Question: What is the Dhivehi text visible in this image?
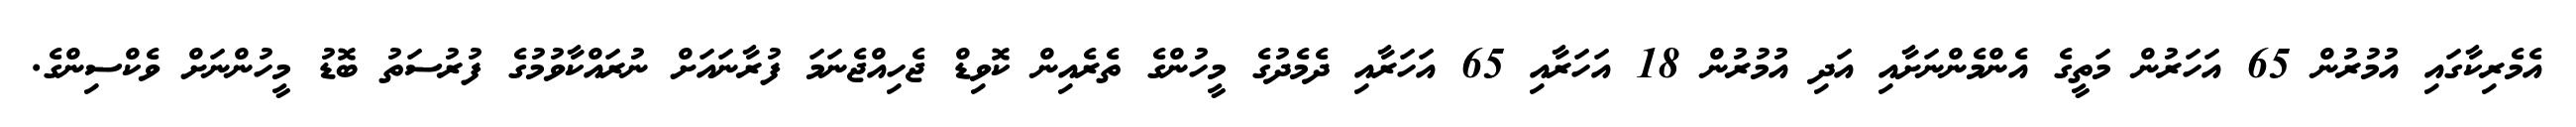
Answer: އެމެރިކާގައި އުމުރުން 65 އަހަރުން މަތީގެ އެންމެންނަށާއި އަދި އުމުރުން 18 އަހަރާއި 65 އަހަރާއި ދެމެދުގެ މީހުންގެ ތެރެއިން ކޮވިޑް ޖެހިއްޖެނަމަ ފުރާނައަށް ނުރައްކާވުމުގެ ފުރުސަތު ބޮޑު މީހުންނަށް ވެކްސިންގެ.